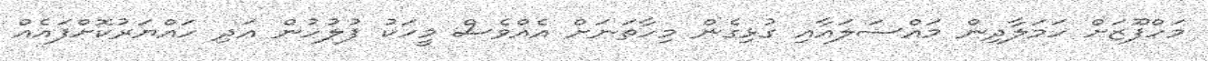
މަހްފޫޒަށް ހަމަލާދިން މައްސަލައާއި ގުޅިގެން މިހާތަނަށް އެއްވެސް މީހަކު ފުލުހުން އަދި ހައްޔަރުކޮށްފައެއް